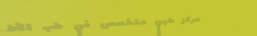
مركز طبي متخصص في طب الأط